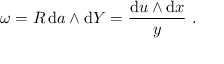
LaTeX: \omega = { R } \, \mathrm { d } a \wedge \mathrm { d } Y = \frac { \mathrm { d } u \wedge \mathrm { d } x } { y } \ .